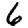
Digit: 6